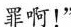
罪啊！“